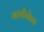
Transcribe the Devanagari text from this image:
गार्फंकेल